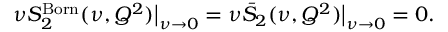
\nu S _ { 2 } ^ { \mathrm { B o r n } } ( \nu , Q ^ { 2 } ) \big \vert _ { \nu \rightarrow 0 } = \nu \bar { S } _ { 2 } ( \nu , Q ^ { 2 } ) \big \vert _ { \nu \rightarrow 0 } = 0 .